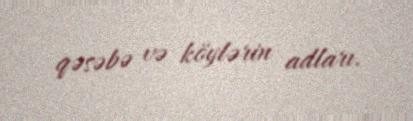
qəsəbə və köylərin adları.